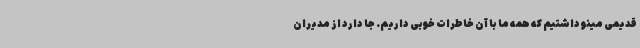
قدیمی مینو داشتیم که همه ما با آن خاطرات خوبی داریم. جا دارد از مدیران